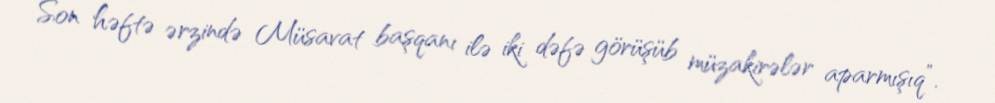
Son həftə ərzində Müsavat başqanı ilə iki dəfə görüşüb müzakirələr aparmışıq”.